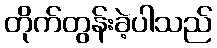
တိုက်တွန်းခဲ့ပါသည်